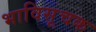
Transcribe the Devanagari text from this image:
भाविसूचक